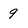
Character: q